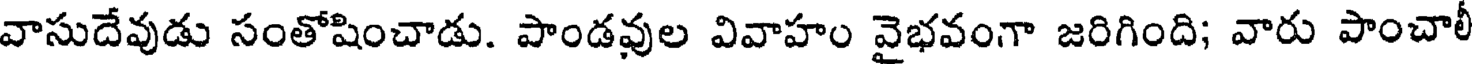
వాసుదేవుడు సంతోషించాడు. పాండవుల వివాహం వైభవంగా జరిగింది; వారు పాంచాలీ